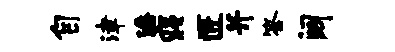
自津潘寝匠并答阔